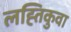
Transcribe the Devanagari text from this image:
लह्तिकुवा